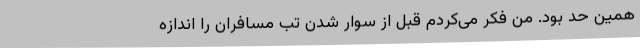
همین حد بود. من فکر می‌کردم قبل از سوار شدن تب مسافران را اندازه